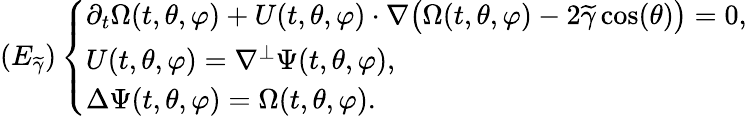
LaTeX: (E_{\widetilde{\gamma}})\left\{ \begin{array}{ll}{\partial_{t}\Omega(t,\theta,\varphi)+U(t,\theta,\varphi)\cdot\nabla\big(\Omega(t,\theta,\varphi)-2\widetilde{\gamma}\cos(\theta)\big)=0,}\\ {U(t,\theta,\varphi)=\nabla^{\perp}\Psi(t,\theta,\varphi),}\\ {\Delta\Psi(t,\theta,\varphi)=\Omega(t,\theta,\varphi).}\end{array}\right.